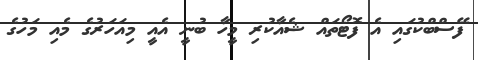
ފޭސްބްކުގައި އެ ފޮޓޯތައް ޝެއާކުރި މީހާ ބުނީ އެއީ މިއަހަރުގެ މެއި މަހުގެ